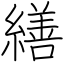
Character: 繕